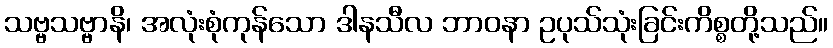
သဗ္ဗသဗ္ဗာနိ၊ အလုံးစုံကုန်သော ဒါနသီလ ဘာဝနာ ဥပုသ်သုံးခြင်းကိစ္စတို့သည်။